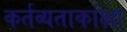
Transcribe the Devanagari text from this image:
कर्तव्यताकांक्षा